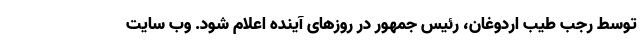
توسط رجب طیب اردوغان، رئیس جمهور در روزهای آینده اعلام شود. وب سایت